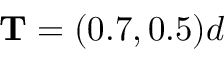
\mathbf { T } = ( 0 . 7 , 0 . 5 ) d